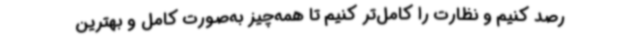
رصد کنیم و نظارت را کامل‌تر کنیم تا همه‌چیز به‌صورت کامل و بهترین